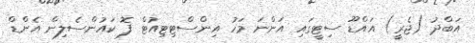
އަބްދު (ޖެރީ) އައްޑޫ ސިޓީގައި އަންނަ މަހު އިންސްޓިޓިއުޓް ފޮ ކައުންސެލިން އެންޑް